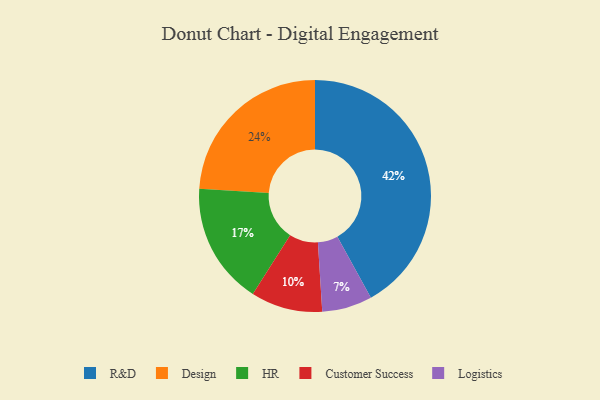
{"axis": {"x": "Category", "y": "Percentage"}, "legend": ["Customer Success", "Design", "HR", "Logistics", "R&D"], "data": [{"x": "Customer Success", "y": 10, "type": "Customer Success"}, {"x": "Design", "y": 24, "type": "Design"}, {"x": "HR", "y": 17, "type": "HR"}, {"x": "R&D", "y": 42, "type": "R&D"}, {"x": "Logistics", "y": 7, "type": "Logistics"}]}